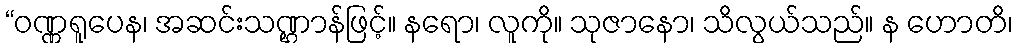
“ဝဏ္ဏရူပေန၊ အဆင်းသဏ္ဌာန်ဖြင့်။ နရော၊ လူကို။ သုဇာနော၊ သိလွယ်သည်။ န ဟောတိ၊